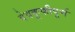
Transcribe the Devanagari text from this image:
बेवकूफीपूर्ण